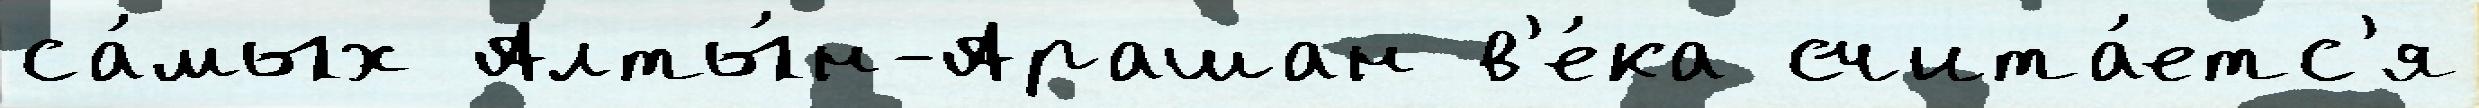
са́мых Алты́н-Арашан в'е́ка счита́етс'я